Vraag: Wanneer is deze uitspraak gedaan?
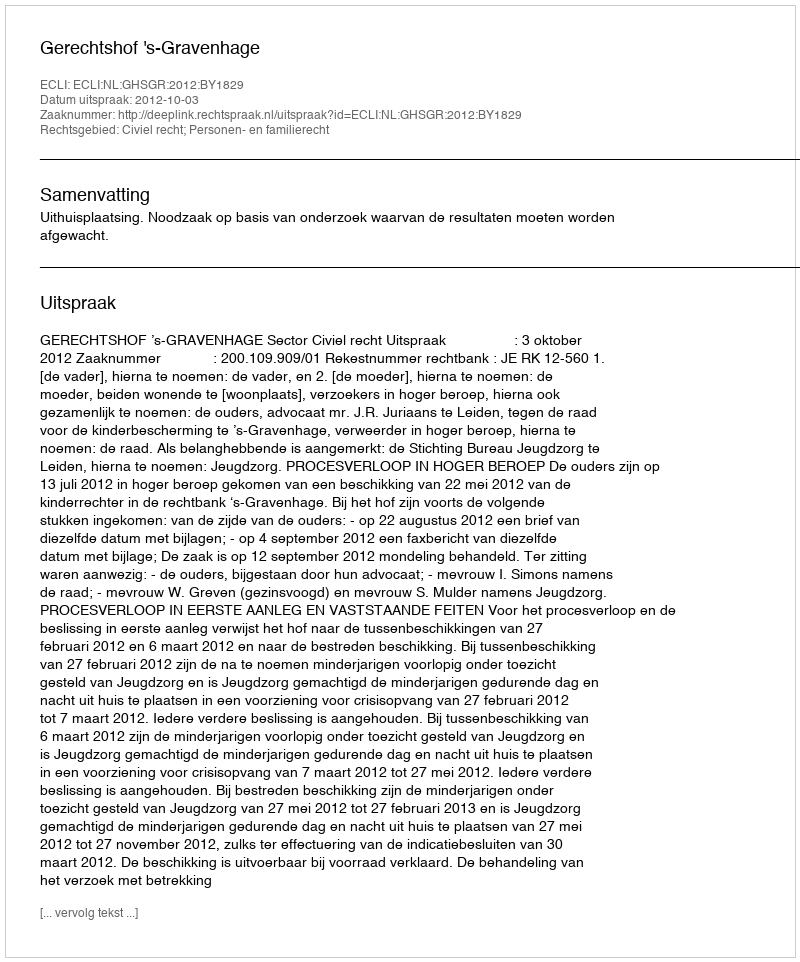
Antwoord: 2012-10-03